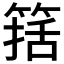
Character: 𰪆